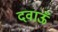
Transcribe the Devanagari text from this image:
दवाऊँ